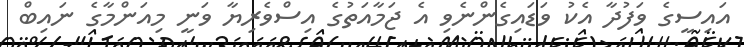
އައިސީގެ ވަފުދާ އެކު ވަޑައިގެންނެވި އެ ޖަމާއަތުގެ އިސްވެރިޔާ ވަނީ މިއަންމާގެ ނައިބް